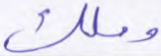
وملك